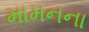
મામનના